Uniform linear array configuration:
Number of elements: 32
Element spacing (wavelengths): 0.5
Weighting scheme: uniform
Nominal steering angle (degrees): -15
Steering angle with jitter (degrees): -15.201
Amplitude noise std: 0.05
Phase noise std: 0.05

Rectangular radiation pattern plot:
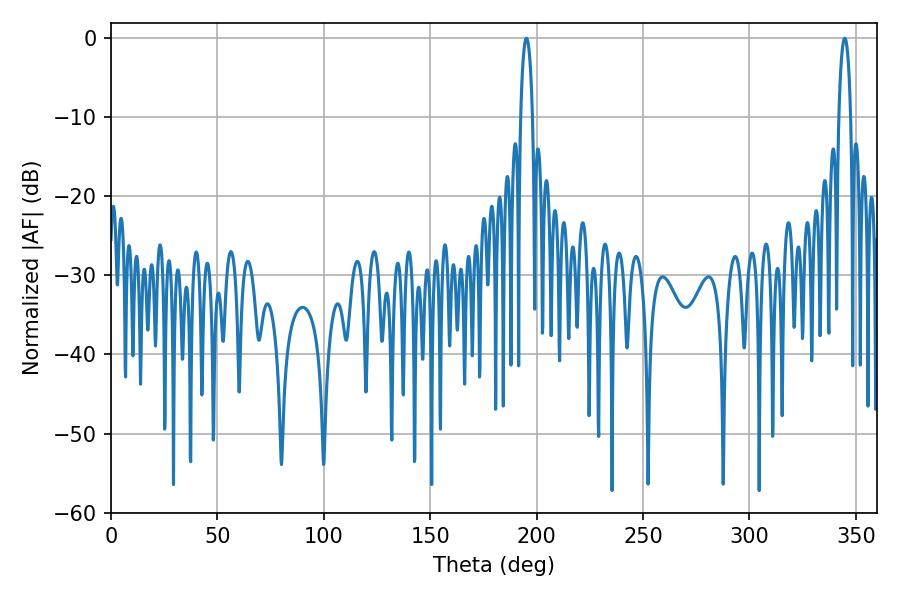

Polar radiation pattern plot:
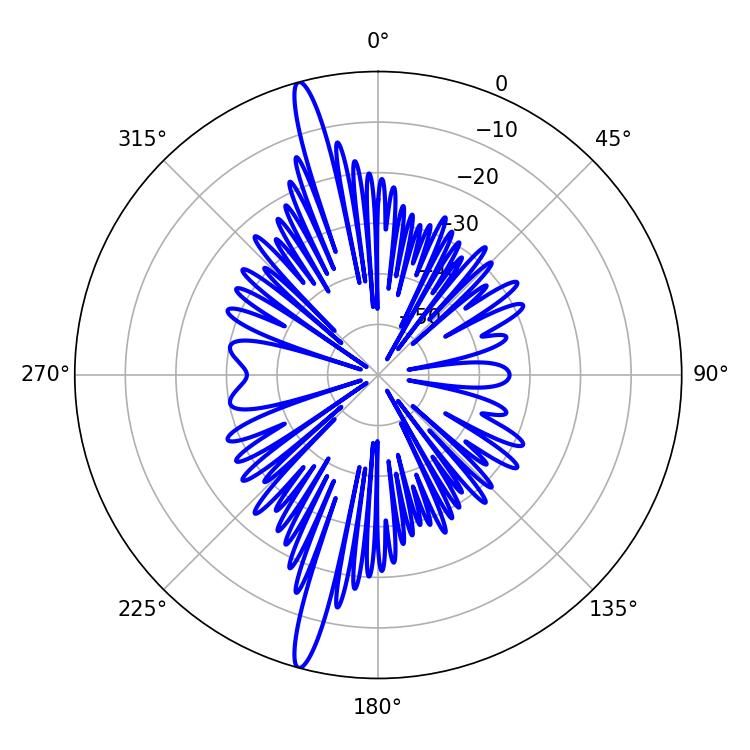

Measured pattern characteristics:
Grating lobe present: FALSE
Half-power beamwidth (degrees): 3.06
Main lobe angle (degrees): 344.7